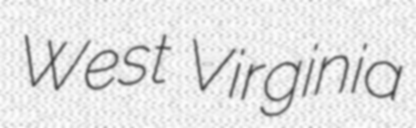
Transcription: West Virginia